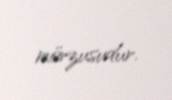
mövzusudur.